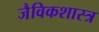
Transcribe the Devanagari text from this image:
जैविकशास्त्र